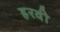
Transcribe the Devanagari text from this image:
हरवी